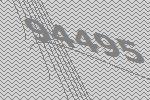
94495